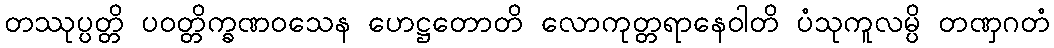
တဿုပ္ပတ္တိ ပဝတ္တိက္ခဏဝသေန ဟေဋ္ဌတောတိ လောကုတ္တရာနေဝါတိ ပံသုကူလမ္ပိ တဏှဂတံ